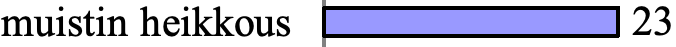
muistin heikkous     23